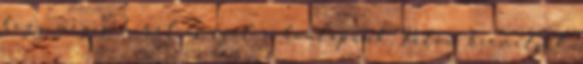
hogy mégis miről is szól a honlapunk. Külön kiemeljük